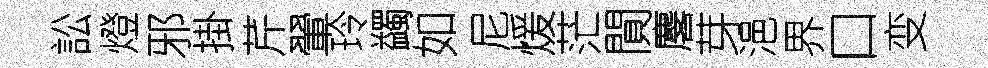
訟燈邪掛芹翬玲蠲如尼煖茫閴麐芽浥界口变